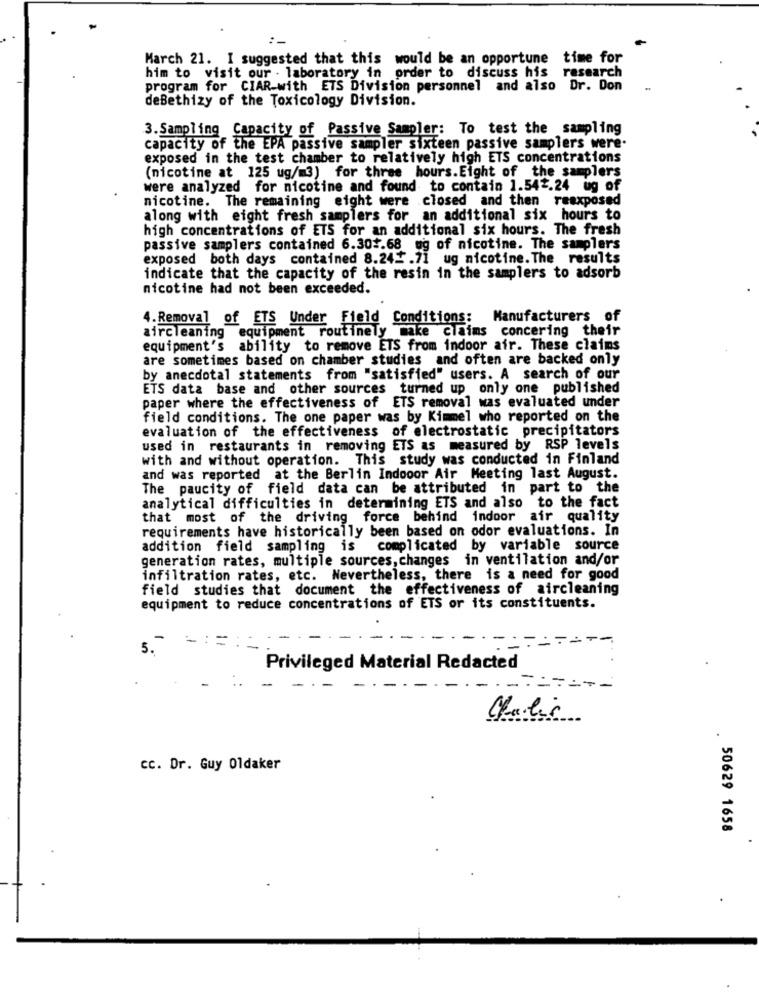
March 21. I suggested that this would be an opportune time for
him to visit our . laboratory in order to discuss his research
program for CIAR-with ETS Division personnel and also Dr. Don
deBethizy of the Toxicology Division.
3. Sampling Capacity of Passive Sampler: To test the sampling
capacity of the EPA passive sampler sixteen passive samplers were.
exposed in the test chamber to relatively high ETS concentrations
(nicotine at 125 ug/m3) for three hours.Eight of the samplers
were analyzed for nicotine and found to contain 1.542.24 ug of
nicotine. The remaining eight were .closed and then reexposed
along with eight fresh samplers for an additional six hours to
high concentrations of ETS for an additional six hours. The fresh
passive samplers contained 6.301.68 ug of nicotine. The samplers
exposed both days contained 8.242.71 ug nicotine. The results
indicate that the capacity of the resin in the samplers to adsorb
nicotine had not been exceeded.
4. Removal of ETS Under Field Conditions:
Manufacturers of
aircleaning equipment routinely make claims concering their
equipment's ability to remove ETS from indoor air. These claims
are sometimes based on chamber studies and often are backed only
by anecdotal statements from "satisfied" users. A search of our
ETS data base and other sources turned up only one published
paper where the effectiveness of ETS removal was evaluated under
field conditions. The one paper was by Kimmel who reported on the
evaluation of the effectiveness of electrostatic precipitators
used in restaurants in removing ETS as measured by RSP_levels
with and without operation. This study was conducted in Finland
and was reported at the Berlin Indooor Air Meeting last August.
The paucity of field data can be attributed in part to the
analytical difficulties in determining ETS and also to the fact
that most of the driving force behind indoor air quality
requirements have historically been based on odor evaluations. In
addition field sampling is complicated by variable source
generation rates, multiple sources, changes in ventilation and/or
infiltration rates, etc. Nevertheless, there is a need for good
field studies that document the effectiveness of aircleaning
equipment to reduce concentrations of ETS or its constituents.
5.
Privileged Material Redacted
-
-.======-
Charlie
.
cc. Dr. Guy Oldaker
50629 1658